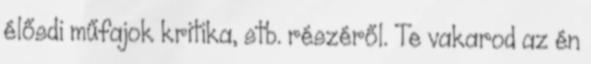
élősdi műfajok kritika, stb. részéről. Te vakarod az én